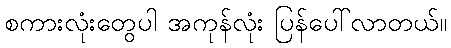
စကားလုံးတွေပါ အကုန်လုံး ပြန်ပေါ်လာတယ်။